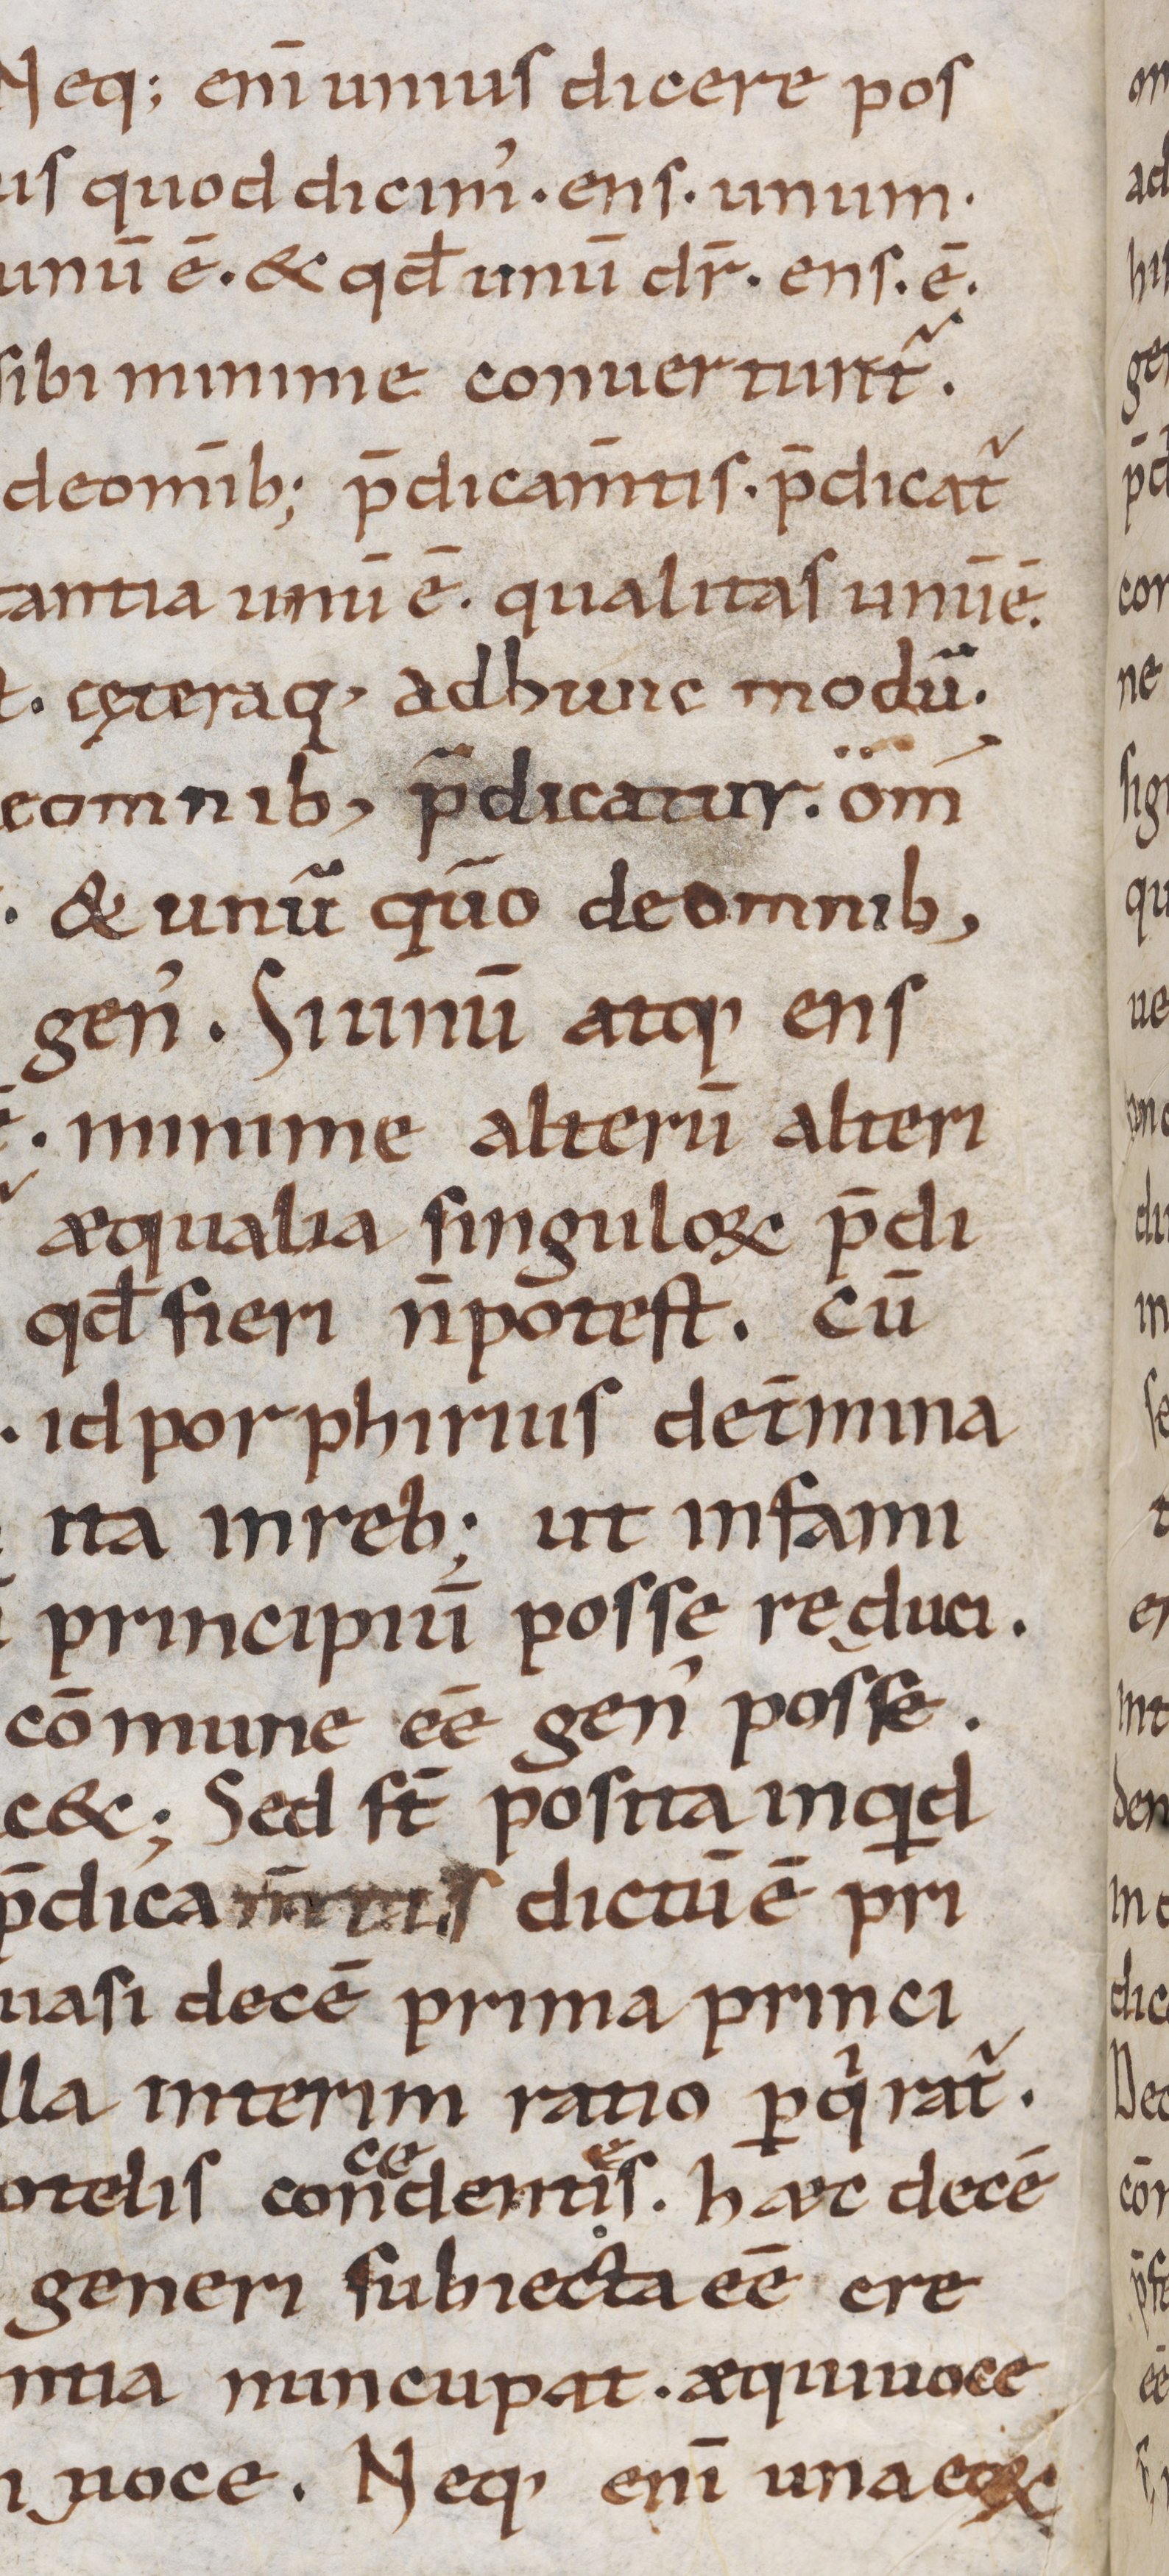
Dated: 900–999